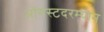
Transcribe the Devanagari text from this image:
ऑगस्टदरम्यान